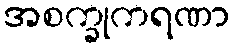
အစက္ခုကရဏာ